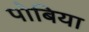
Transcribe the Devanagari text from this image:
पोबिया